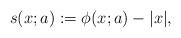
LaTeX: \begin{align*}s(x;a) := \phi(x;a) - |x|,\end{align*}